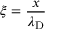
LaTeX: \xi = { \frac { x } { \lambda _ { \mathrm { D } } } }